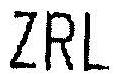
ZRL